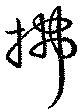
拂